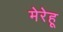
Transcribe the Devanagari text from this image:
मेरेहू